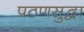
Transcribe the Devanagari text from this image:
पठणसुद्धा